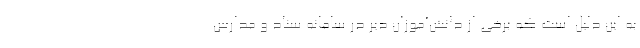
به این دلیل است که برخی از دانش‌آموزان دیر در سامانه سناد و مدارس